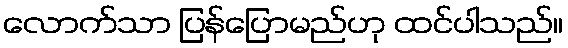
လောက်သာ ပြန်ပြောမည်ဟု ထင်ပါသည်။